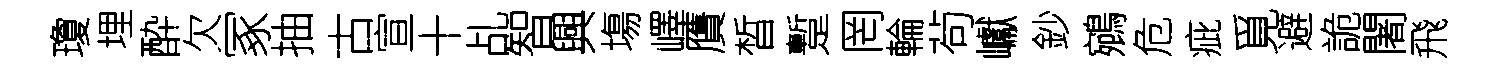
瓊埋酔欠冢抽古宣十乩智興塲嶧贋晳蹔罔輪茍巘鈔鵷危疵覓避詭闍飛